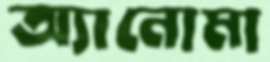
অ্যানোমা